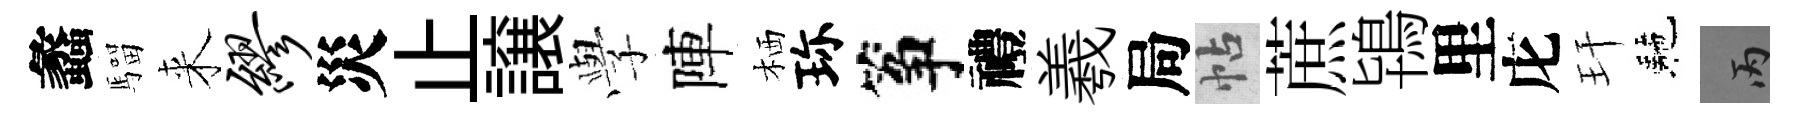
蠡騮来缪災止譲𫝯陣栖珎筝禮羲局帖蔗鴇里庀玕駰丙